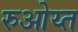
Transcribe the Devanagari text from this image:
रुओय्त